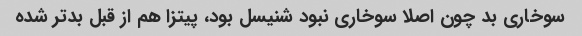
سوخاری بد چون اصلا سوخاری نبود شنیسل بود، پیتزا هم از قبل بدتر شده